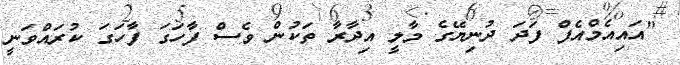
"އައިއެމްއެފް ފަދަ ދުނިޔޭގެ މާލީ އިދާރާ ތަކުން ވެސް ފާހަގަ ފާހަގަ ކުރައްވަނީ